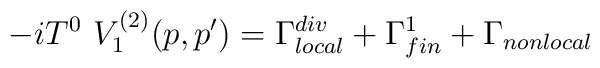
-iT^{0}\,\,V_{1}^{(2)}(p,p^{\prime })=\Gamma _{local}^{div}+\Gamma_{fin}^{1}+\Gamma _{nonlocal}